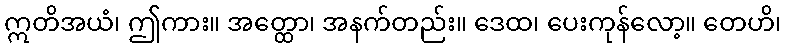
ဣတိအယံ၊ ဤကား။ အတ္ထော၊ အနက်တည်း။ ဒေထ၊ ပေးကုန်လော့။ တေဟိ၊